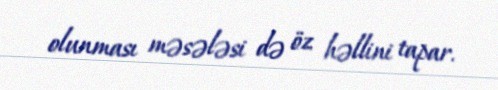
olunması məsələsi də öz həllini tapar.